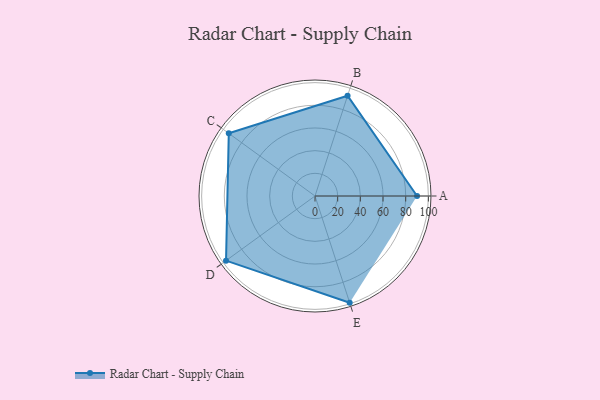
{"axis": {"x": "Skill", "y": "Score"}, "legend": ["Profile"], "data": [{"x": "A", "y": 90.0, "type": "Profile"}, {"x": "B", "y": 93.0, "type": "Profile"}, {"x": "C", "y": 94.0, "type": "Profile"}, {"x": "D", "y": 97.0, "type": "Profile"}, {"x": "E", "y": 99, "type": "Profile"}]}